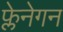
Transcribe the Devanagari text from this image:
फ्लेनेगन